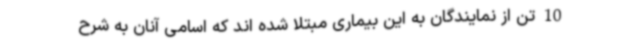
10 تن از نمایندگان به این بیماری مبتلا شده اند که اسامی آنان به شرح